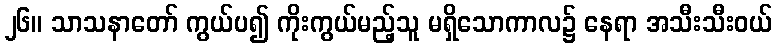
၂၆။ သာသနာတော် ကွယ်ပ၍ ကိုးကွယ်မည့်သူ မရှိသောကာလ၌ နေရာ အသီးသီးဝယ်